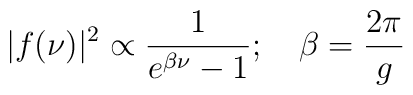
\vert f (\nu)\vert^2 \propto {1 \over e^{\beta \nu} - 1 } ; \quad \beta = {2\pi \over g}